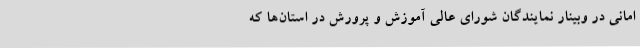
امانی در وبینار نمایندگان شورای عالی آموزش ‌و پرورش در استان‌ها که